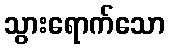
သွားရောက်သော